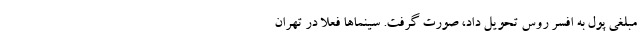
مبلغی پول به افسر روس تحویل داد، صورت گرفت. سینما‌ها فعلا در تهران